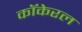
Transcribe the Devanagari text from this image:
कॉकेरल